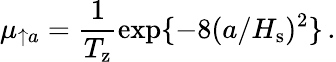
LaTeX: \mu_{\uparrow a}=\frac{1}{T_{\mathrm{z}}}\exp\{ -8(a/H_{\mathrm{s}})^{2}\} \, .